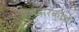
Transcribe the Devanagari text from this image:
आमदारकीचे